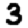
Digit: 3